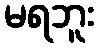
မရဘူး